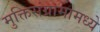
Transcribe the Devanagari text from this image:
मुक्तिसंग्रामामध्ये